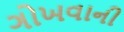
ગોખવાની